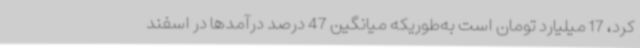
کرد، 17 میلیارد تومان است به‌طوریکه میانگین 47 درصد درآمدها در اسفند